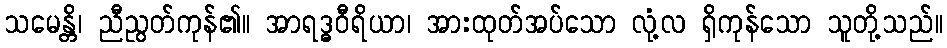
သမေန္တိ၊ ညီညွတ်ကုန်၏။ အာရဒ္ဓဝီရိယာ၊ အားထုတ်အပ်သော လုံ့လ ရှိကုန်သော သူတို့သည်။